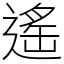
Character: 遙